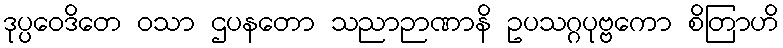
ဒုပ္ပဝေဒိတေ ဝသာ ဌပနတော သညာဉာဏာနိ ဥပသဂ္ဂပုဗ္ဗကော စိတြာဟိ